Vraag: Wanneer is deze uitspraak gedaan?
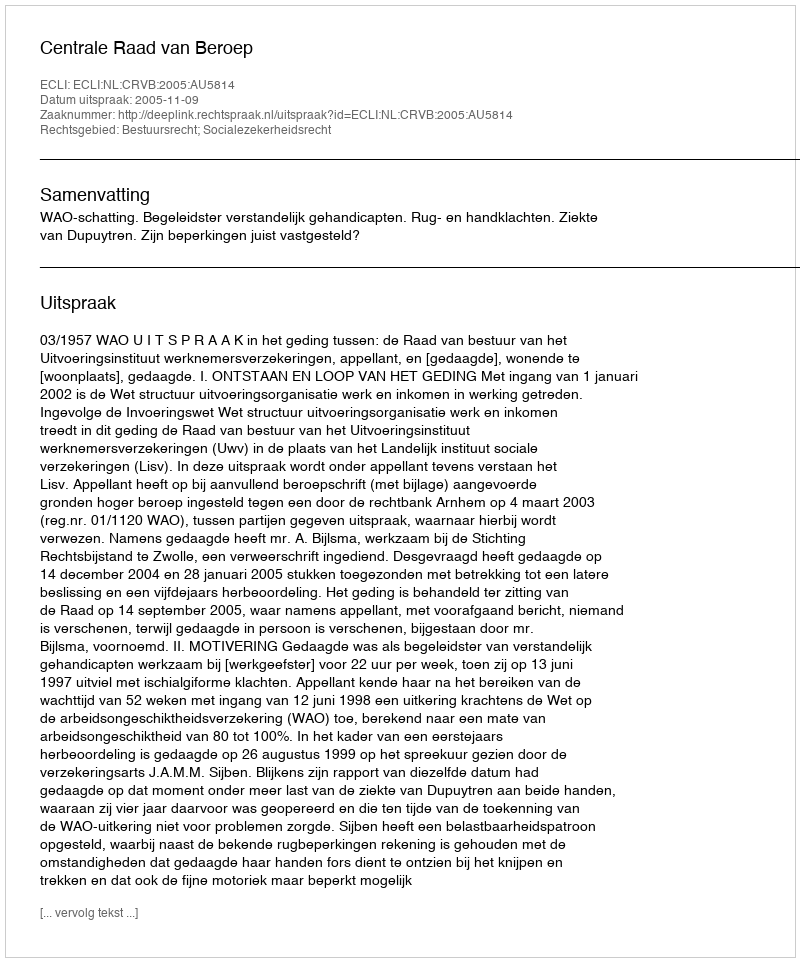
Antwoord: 2005-11-09